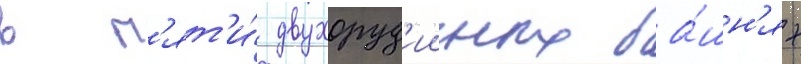
в п'ят'и́ двухоруд'ииных ба́шн'ях